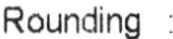
ROUNDING :